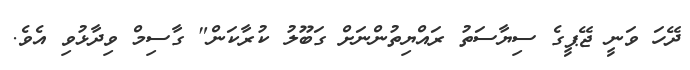
ދޭހަ ވަނީ ޖޭޕީގެ ސިޔާސަތު ރައްޔިތުންނަށް ގަބޫލު ކުރާކަން" ގާސިމް ވިދާޅުވި އެވެ.